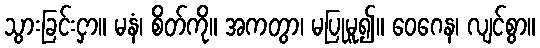
သွားခြင်းငှာ။ မနံ၊ စိတ်ကို။ အကတွာ၊ မပြုမူ၍။ ဝေဂေန၊ လျင်စွာ။